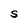
Character: S